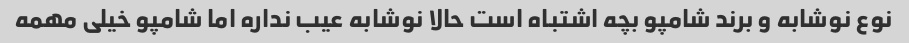
نوع نوشابه و برند شامپو بچه اشتباه است حالا نوشابه عیب نداره اما شامپو خیلی مهمه